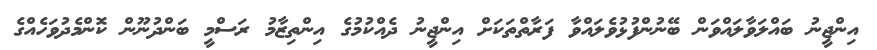
އިންޖީނު ބައްލަވާލައްވަން ބޭނުންފުޅުވެލައްވާ ފަރާތްތަކަށް އިންޖީނު ދެއްކުމުގެ އިންތިޒާމު ރަސްމީ ބަންދުނޫން ކޮންމެދުވަހެއްގެ